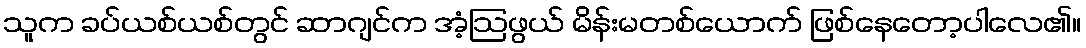
သူက ခပ်ယစ်ယစ်တွင် ဆာဂျင်က အံ့ဩဖွယ် မိန်းမတစ်ယောက် ဖြစ်နေတော့ပါလေ၏။